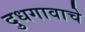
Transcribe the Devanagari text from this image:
दुधगावाचे